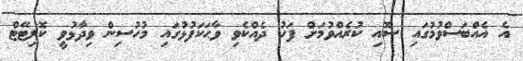
އެ އެއްބަސްވުމުގައި ސޮއި ކުރެއްވުމަށް ފަހު ދެއްކެވި ވާޙަކަފުޅުގައި މުހުސިން ވިދާޅުވީ ކޮލިޓޭޓް